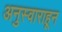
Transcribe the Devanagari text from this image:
अनुस्वाराहून